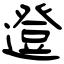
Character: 邆